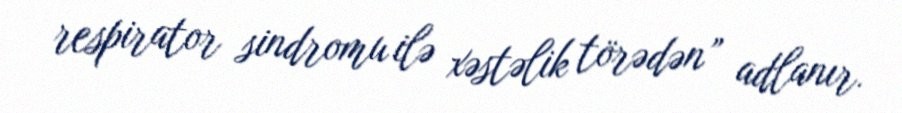
respirator sindromu ilə xəstəlik törədən” adlanır.